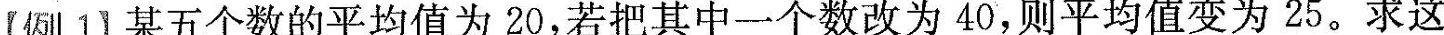
【例1】某五个数的平均值为20，若把其中一个数改为40，则平均值变为25。求这